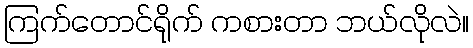
ကြက်တောင်ရိုက် ကစားတာ ဘယ်လိုလဲ။